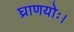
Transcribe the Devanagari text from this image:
घ्राणयोः।